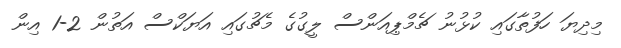
މިދިޔަ ހަފުތާގައި ކުޅުނު ޗެމްޕިއަންސް ލީގުގެ މެޗުގައި އަޔަކްސް އަތުން 2-1 އިން